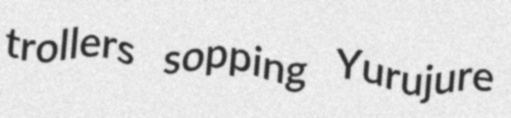
trollers sopping Yurujure